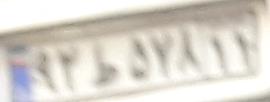
۹۲ط۵۷۸۱۱